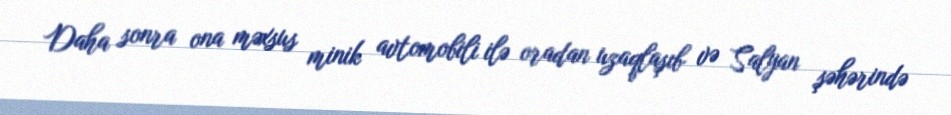
Daha sonra ona məxsus minik avtomobili ilə oradan uzaqlaşıb və Salyan şəhərində